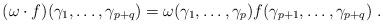
LaTeX: \begin{align*}(\omega\cdot f)(\gamma_1,\ldots,\gamma_{p+q}) = \omega(\gamma_1,\ldots,\gamma_p)f(\gamma_{p+1},\ldots,\gamma_{p+q}) \;.\end{align*}